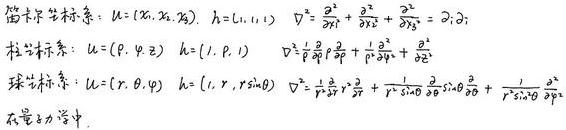
笛卡尔坐标系：$\boldsymbol{u}=(x_1, x_2, x_3), \boldsymbol{h}=(1,1,1), \nabla^{2}=\frac{\partial^{2}}{\partial x_{1}^{2}}+\frac{\partial^{2}}{\partial x_{2}^{2}}+\frac{\partial^{2}}{\partial x_{3}^{2}}=\partial_{i}\partial_{i}$
柱坐标系：$\boldsymbol{u}=(\rho, \varphi, z), \boldsymbol{h}=(1, \rho, 1), \nabla^{2}=\frac{1}{\rho}\frac{\partial}{\partial \rho}\rho\frac{\partial}{\partial \rho}+\frac{1}{\rho^{2}}\frac{\partial^{2}}{\partial \varphi^{2}}+\frac{\partial^{2}}{\partial z^{2}}$
球坐标系：$\boldsymbol{u}=(r, \theta, \varphi), \boldsymbol{h}=(1, r, r\sin\theta), \nabla^{2}=\frac{1}{r^{2}}\frac{\partial}{\partial r}r^{2}\frac{\partial}{\partial r}+\frac{1}{r^{2}\sin\theta}\frac{\partial}{\partial \theta}\sin\theta\frac{\partial}{\partial \theta}+\frac{1}{r^{2}\sin^{2}\theta}\frac{\partial^{2}}{\partial \varphi^{2}}$
在量子力学中，